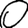
Digit: 0